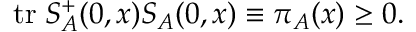
\mathrm { t r } \; S _ { A } ^ { + } ( 0 , x ) S _ { A } ( 0 , x ) \equiv \pi _ { A } ( x ) \geq 0 .